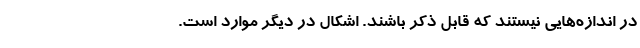
در اندازه‌هایی نیستند که قابل ذکر باشند. اشکال در دیگر موارد است.